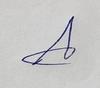
Signature authenticity: genuine